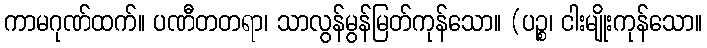
ကာမဂုဏ်ထက်။ ပဏီတတရာ၊ သာလွန်မွန်မြတ်ကုန်သော။ (ပဉ္စ၊ ငါးမျိုးကုန်သော။